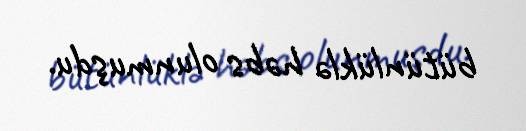
bütünlüklə həbs olunmuşdu.